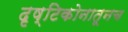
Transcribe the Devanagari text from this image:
दृष्टिकोनातूनच